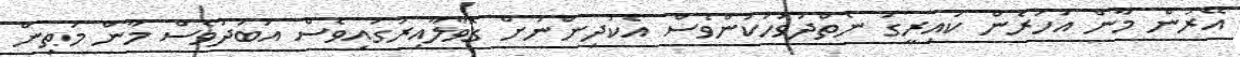
އޭރުން މާން އަހަރެން ކައިރީގަ ނެތްދުވަހަކުންވެސް އެކުދިންނަށް ގޮވާލާއިރުގައިވެސް އަބަދުވެސް މާން މަތިން